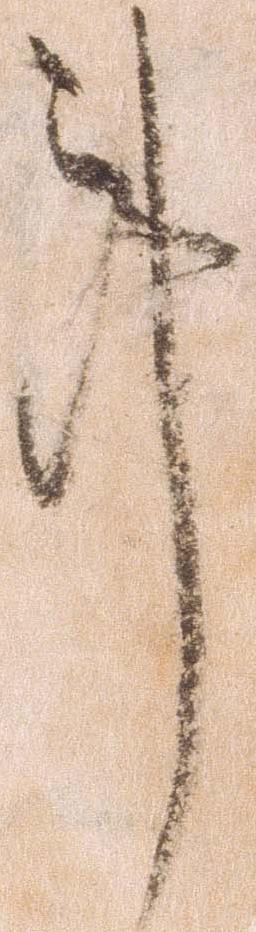
事